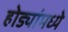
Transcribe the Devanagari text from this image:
होड्यांमध्ये